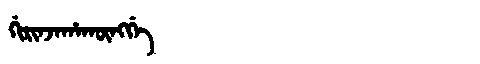
Manchu: ᡤᡳᡵᡳᠨᠵᠠᡥᠠᡴᡡᠩᡤᡝ
Romanization: GIRINJAHAKŪNGGE